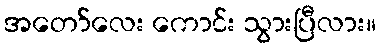
အတော်လေး ကောင်း သွားပြီလား။